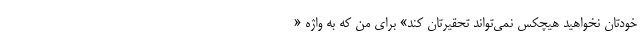
خودتان نخواهید هیچکس نمی‌تواند تحقیرتان کند» برای من که به واژه «